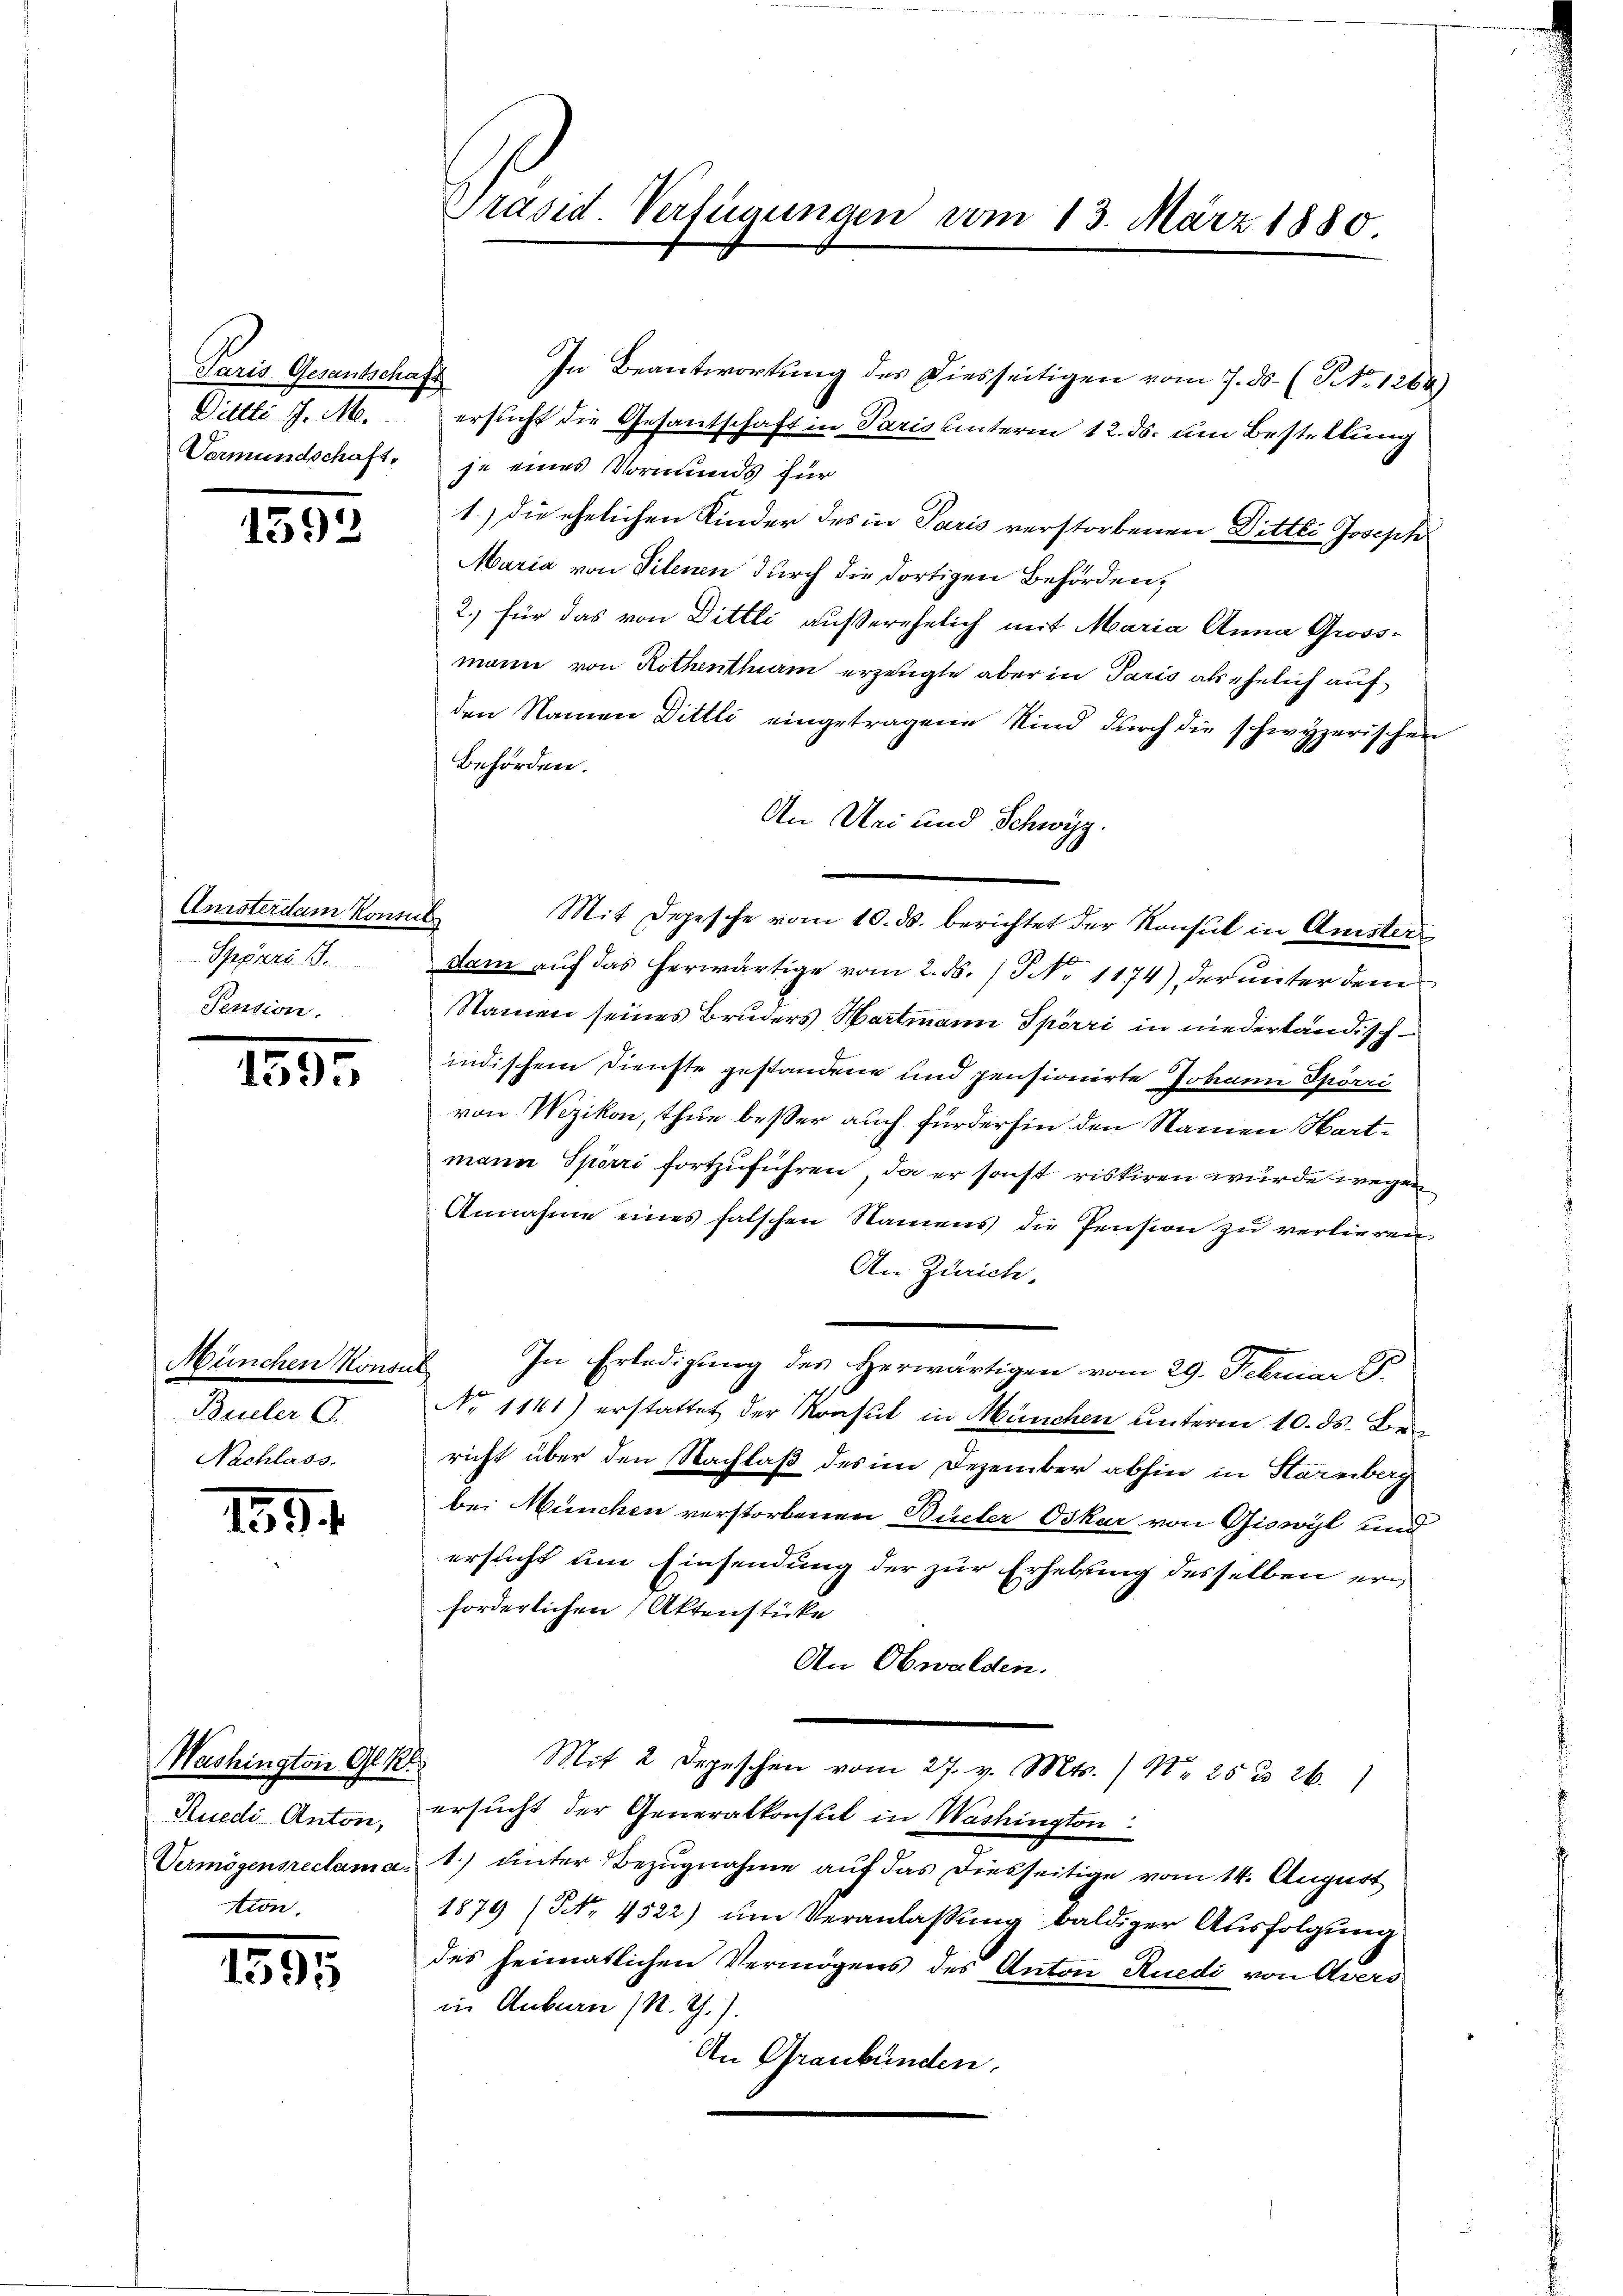
Paris Gesantschaft
Sittli. J. M.

1592

Anisterdam Konsul
Sppreri. B.
Pension.

1595

München Konsul
Büeler C.
Nachlass.

1394.

Washington Gl. k.
Rueds Anton,
tem.

1595

Präsid. Verfügungen vom 13. März 1880.

In Beantwortung des Diesseitigen vom 7. ds. (NNo. 1264)
ersucht die Gesantschaft in Paris unterm 12. ds. um Bestellung
Vermundschaft, je eines Vormunds für
1.) die ehelichen Kinder des in Paris verstorbenen Ditter Joseph
Maria von Tilenen durch die dortigen Behörden,
2.) für das von Dittli außerehelich mit Maria Anna Gross-
mann von Rothentham erzeugte aber in Paris als ehelich auf
den Namen Dittli eingetragene Kind durch die schwyzerischen
Behörden.
An Dei und Schwyz.
Mit Depesche vom 10. ds. berichtet der Konsul in Amster
dam auf das herwärtige vom 2. ds. / No 1174) der unter dem
Namen seines Bruders Hartmann Spörri in niedertändischindischem Dienste gestandene und pensionirte Johann Spörri
von Wezikon, thue besser auch fürderhin den Namen Hartmann Spörri fortzuführen, da er sonst riskiren wurde wegen
Annahme eines falschen Namens die Pension zu verlieren,
An Zürich.
In Erledigung des Herwärtigen vom 29. Februar G.
No 1141) erstattet der Konsul in München unterm 10. ds. Ber
richt über den Nachlaß des im Dezember abhin in Harnberg
bei München verstorbenen Bücher Oskar von Giswyl und
ersucht um Einsendung der zur Erhebung desselben erforderlichen Aktenstücke
An Obwalden.
Mit 2 Depeschen vom 27. v. Mts. ) No 25 n 26.
ersucht der Generalkonsul in Washington
Vermögensreclama: 1) unter Bezŭgnahme aŭf das diesseitige vom 14. August
1879 (NNo. 4522) um Veranlaßung baldiger Ausfolgung
des heimatlichen Vermögens des Anton Ruedi von Avers
in Anbarn (N. G.).
An Graubünden.